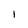
Character: I